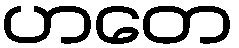
ဟတေ